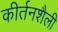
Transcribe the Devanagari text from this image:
कीर्तनशैली